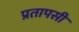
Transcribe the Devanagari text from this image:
प्रतापसी